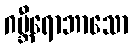
ဂမ္ဘီရောဘာသော